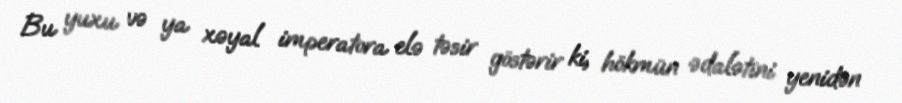
Bu yuxu və ya xəyal imperatora elə təsir göstərir ki, hökmün ədalətini yenidən